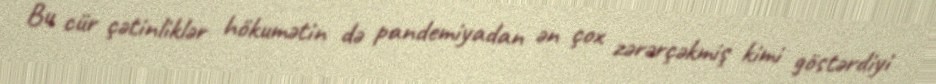
Bu cür çətinliklər hökumətin də pandemiyadan ən çox zərərçəkmiş kimi göstərdiyi